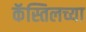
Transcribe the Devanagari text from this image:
कॅस्तिलच्या